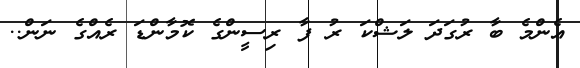
އެންމެ ބާ ރުގަދަ ލަޝްކަ ރު ފާ ރިސީންގެ ކޮމާންޑަ ރެއްގެ ނަން..